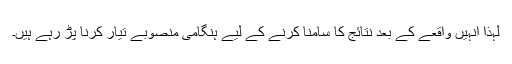
لہذا اُنہیں واقعے کے بعد نتائج کا سامنا کرنے کے لیے ہنگامی منصوبے تیار کرنا پڑ رہے ہیں۔